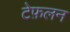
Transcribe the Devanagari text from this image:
टेफ़लन